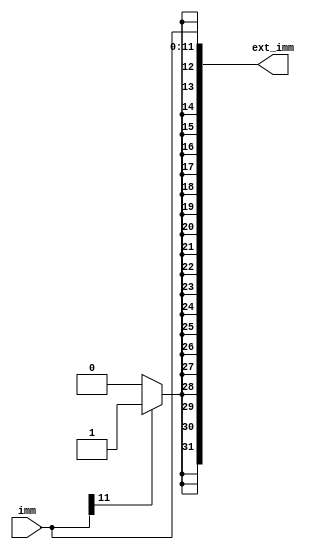
// This program was cloned from: https://github.com/RustamSubkhankulov/verilog-labs
// License: MIT License

module sign_ext2(
    input [11:0]imm,

    output [31:0]ext_imm
);

/* Get extension bits. */
wire [19:0]ext = {20{(imm[11])? 1'b1 : 1'b0}};

/* Sign-extend. */
assign ext_imm = {ext, imm};

endmodule